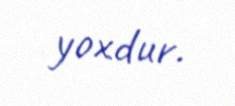
yoxdur.